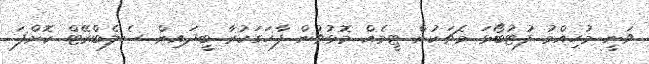
ވަނީ މުހިއްމު ފުޓުބޯޅަ މެޗަކުން ޓީމެއް މޮޅުވުން ފާހަގަކުރާ ބީދައިން ސެލެބްރޭޓް ކޮށްފަ